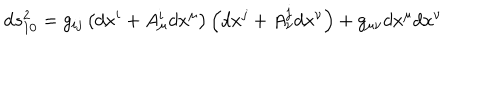
\mathrm { d } s _ { 1 0 } ^ { 2 } = g _ { i j } \left( d x ^ { i } + A _ { \mu } ^ { i } d x ^ { \mu } \right) \left( d x ^ { j } + A _ { \nu } ^ { j } d x ^ { \nu } \right) + g _ { \mu \nu } d x ^ { \mu } d x ^ { \nu }